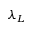
\lambda _ { L }